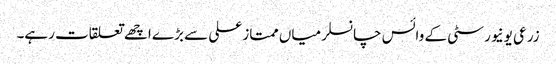
زرعی یونیورسٹی کے وائس چانسلر میاں ممتاز علی سے بڑے اچھے تعلقات رہے۔